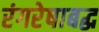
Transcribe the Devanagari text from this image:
रंगरेषाबद्ध